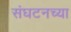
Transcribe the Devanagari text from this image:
संघटनच्या